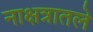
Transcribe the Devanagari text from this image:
नाक्षत्रातले